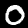
Label: 0